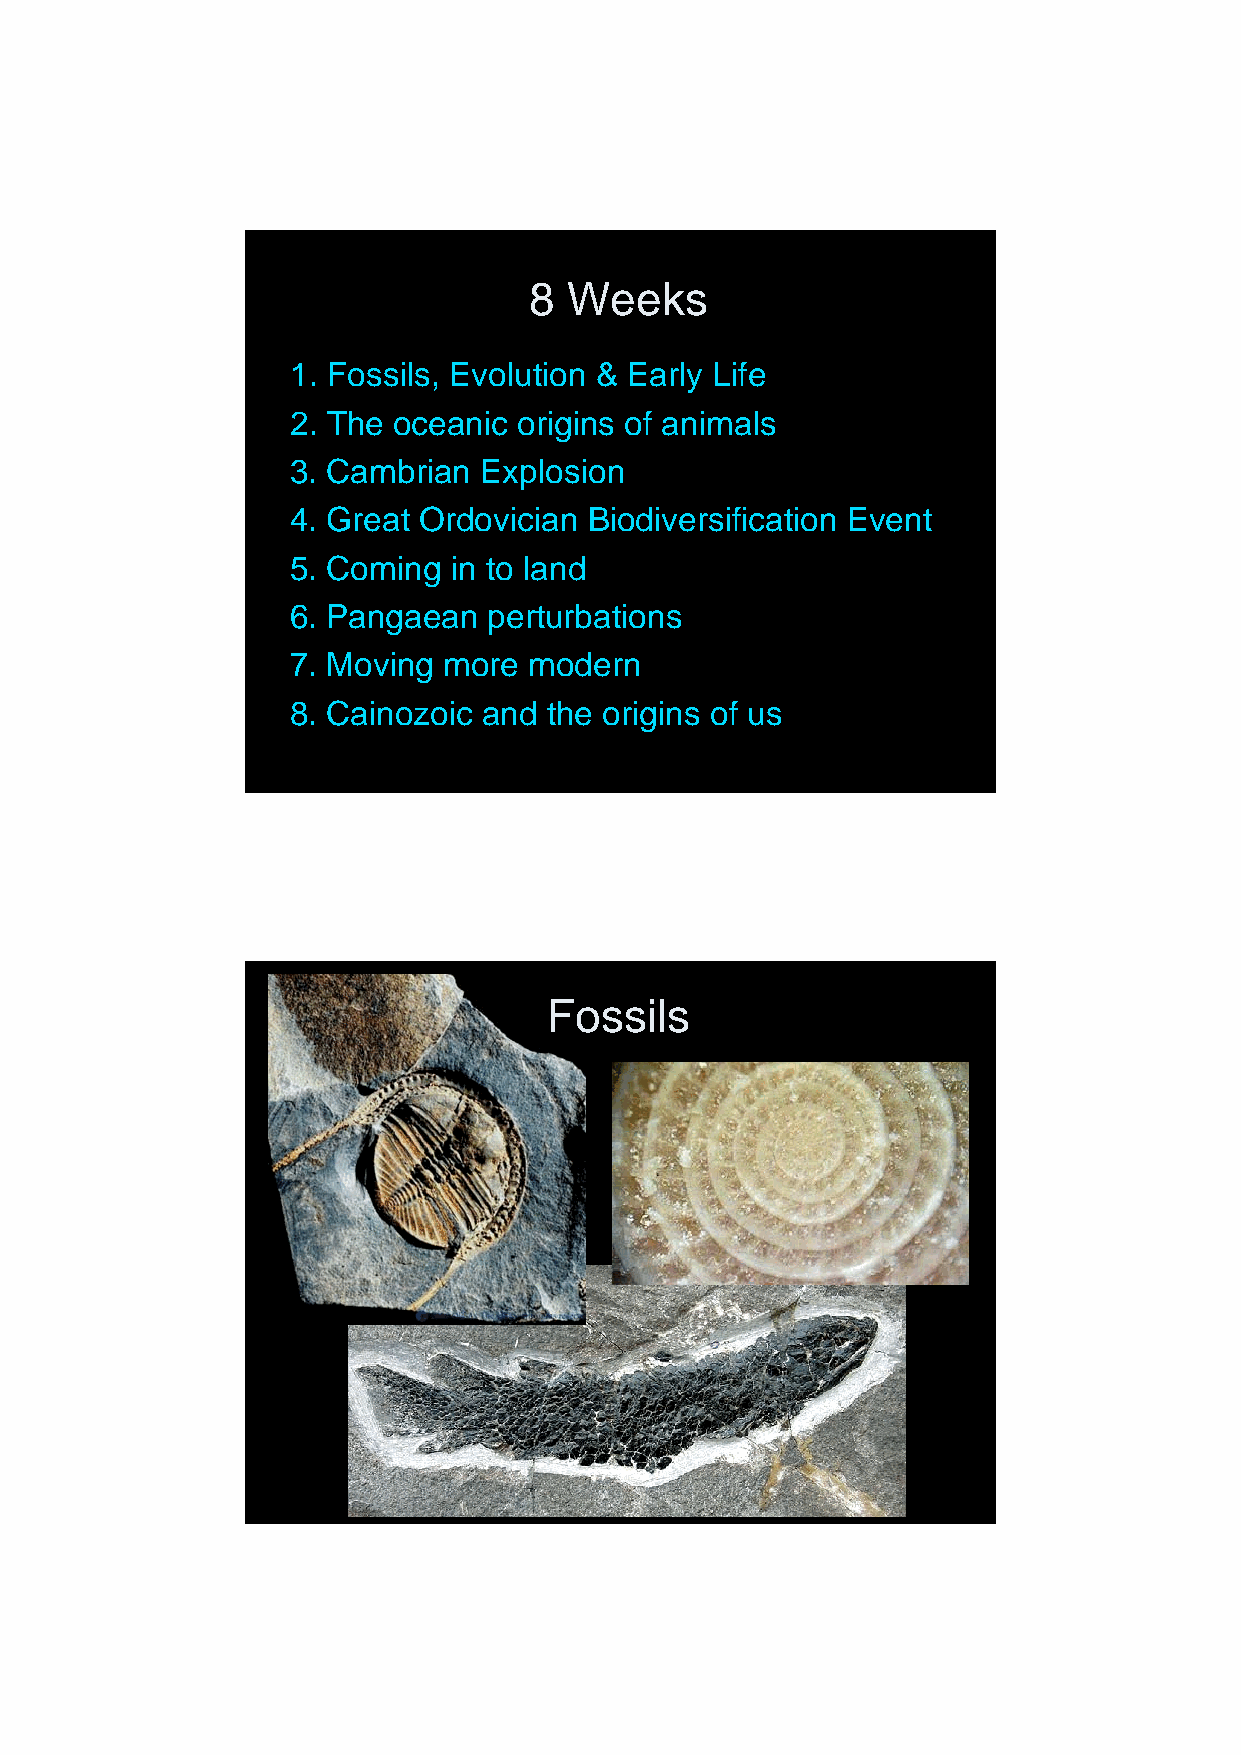
22/01/2013
 8  Weeks
 1. Fossils, Evolution & Early Life
 2. The oceanic origins of animals
 3. Cambrian  Explosion
 4. Great Ordovician Biodiversification Event
 5. Coming  in to land
 6. Pangaean  perturbations
 7. Moving more  modern
 8. Cainozoic and the origins of us
 Fossils
 2